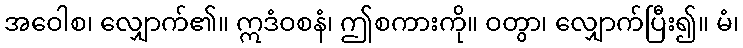
အဝေါစ၊ လျှောက်၏။ ဣဒံဝစနံ၊ ဤစကားကို။ ဝတွာ၊ လျှောက်ပြီး၍။ မံ၊